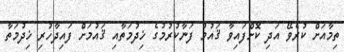
ތިމާއަށް ކުރެވޭ އަދި ކޮށްފައިވާ ޤައުމު ފަނާކުރުމުގެ ޚިދުމަތާއި ޤައުމަށް ފައިދާހުރި ޚިދުމަތާ